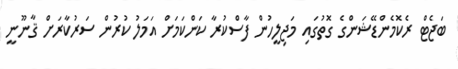
ބަޖެޓް ރެކޮމެންޑޭޝަންގެ ގޮތުގައި މަޖިލީހުން ފާސްކުރާ ކަންކަމަށް އަމަލު ކުރުން ސަރުކާރަށް ޤާނޫނީ